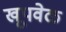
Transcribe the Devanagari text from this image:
खूपवेळ